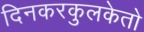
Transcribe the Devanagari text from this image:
दिनकरकुलकेतो